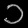
Digit: ၁